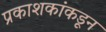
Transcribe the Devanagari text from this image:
प्रकाशकांकडून